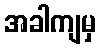
အခါကျမှ